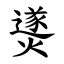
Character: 㸂